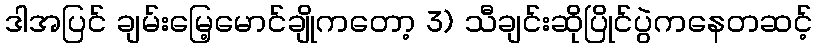
ဒါအပြင် ချမ်းမြေ့မောင်ချိုကတော့ 3) သီချင်းဆိုပြိုင်ပွဲကနေတဆင့်